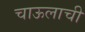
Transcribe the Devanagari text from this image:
चाऊलाची